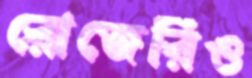
রোজেরিও